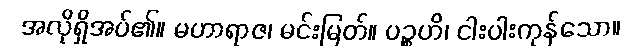
အလိုရှိအပ်၏။ မဟာရာဇ၊ မင်းမြတ်။ ပဉ္စဟိ၊ ငါးပါးကုန်သော။